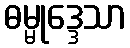
ဓမ္မုဒ္ဒေသာ